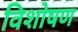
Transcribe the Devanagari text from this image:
विशोषण